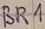
Text: BR1